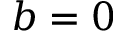
b = 0